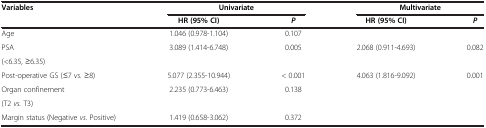
<table><thead><tr><td rowspan="2"><b>Variables</b></td><td colspan="2"><b>Univariate</b></td><td colspan="2"><b>Multivariate</b></td></tr><tr><td><b>HR (95% CI)</b></td><td><b><i>P</i></b></td><td><b>HR (95% CI)</b></td><td><b><i>P</i></b></td></tr></thead><tbody><tr><td>Age</td><td>1.046 (0.978-1.104)</td><td>0.107</td><td> </td><td> </td></tr><tr><td>PSA</td><td rowspan="2">3.089 (1.414-6.748)</td><td rowspan="2">0.005</td><td rowspan="2">2.068 (0.911-4.693)</td><td rowspan="2">0.082</td></tr><tr><td>(&lt;6.35, ≥6.35)</td></tr><tr><td>Post-operative GS (≤7 <i>vs.</i> ≥8)</td><td>5.077 (2.355-10.944)</td><td>&lt; 0.001</td><td>4.063 (1.816-9.092)</td><td>0.001</td></tr><tr><td>Organ confinement</td><td rowspan="2">2.235 (0.773-6.463)</td><td rowspan="2">0.138</td><td rowspan="2"> </td><td rowspan="2"> </td></tr><tr><td>(T2 <i>vs.</i> T3)</td></tr><tr><td>Margin status (Negative <i>vs.</i> Positive)</td><td>1.419 (0.658-3.062)</td><td>0.372</td><td> </td><td> </td></tr></tbody></table>